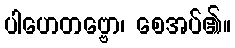
ပါဟေတဗ္ဗော၊ စေအပ်၏။